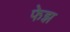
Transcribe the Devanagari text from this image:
फेझ